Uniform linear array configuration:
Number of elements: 8
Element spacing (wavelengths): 1
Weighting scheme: blackman
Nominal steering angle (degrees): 0
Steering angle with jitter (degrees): -1.958
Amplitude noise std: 0.05
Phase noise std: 0.05

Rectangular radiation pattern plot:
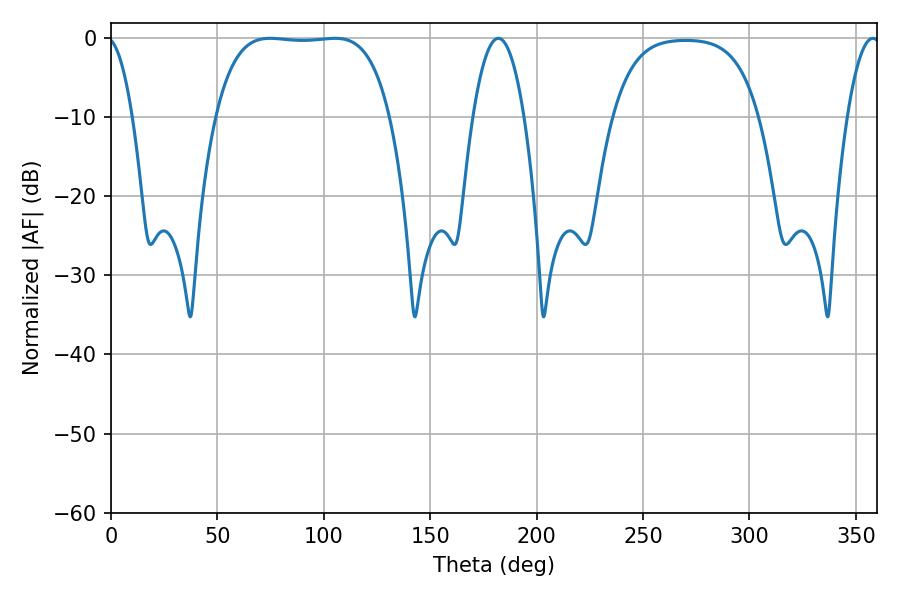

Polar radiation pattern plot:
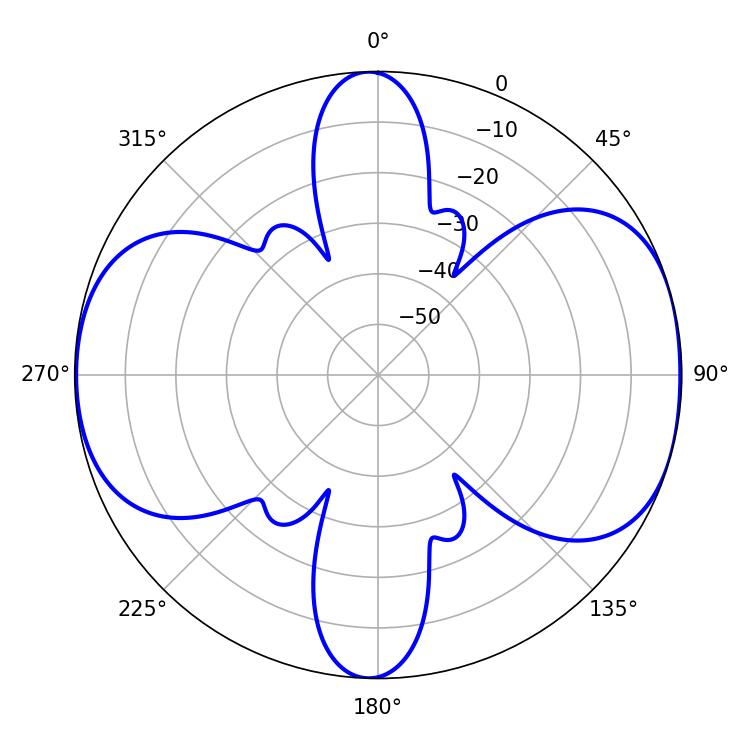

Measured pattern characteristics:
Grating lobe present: TRUE
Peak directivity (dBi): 8.687
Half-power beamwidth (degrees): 64.08
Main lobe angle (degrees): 74.7